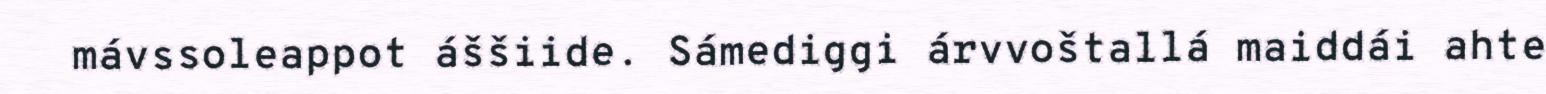
mávssoleappot áššiide. Sámediggi árvvoštallá maiddái ahte